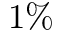
1 \%